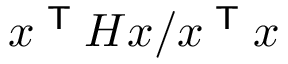
x ^ { \textsf { T } } H x / x ^ { \textsf { T } } x